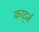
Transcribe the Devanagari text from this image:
कार्ट्ज